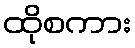
ထိုစကား